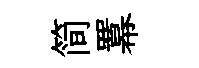
简羃